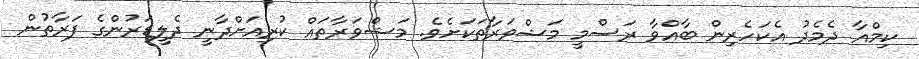
ކިމްއާ ދެމެދު އެކަހެރިން ބާއްވާ ރަސްމީ މަޝްވަރާތަކަށެވެ. މަޝްވަރާތައް ކުރިއަށްދާނީ ދެލީޑަރުންގެ ފަރާތުން